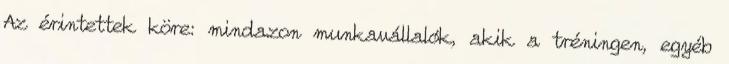
Az érintettek köre: mindazon munkavállalók, akik a tréningen, egyéb